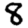
Digit: 8